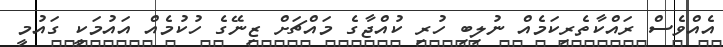
އެއްވެސް ރައްކާތެރިކަމެއް ނުލިބި ހުރި ކުއްޖާގެ މައްޗަށް ޒިނޭގެ ހުކުމެއް އައުމަކީ ގައުމީ